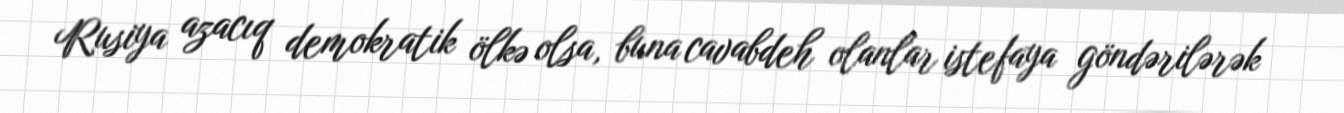
Rusiya azacıq demokratik ölkə olsa, buna cavabdeh olanlar istefaya göndərilərək